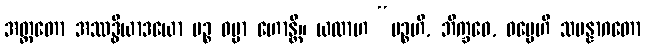
အတ္ထတော အဿဒ္ဓိယာဒယော ပဉ္စ ဓမ္မာ ဟောန္တိ။ ယထာဟ “ပဉ္စဟိ, ဘိက္ခဝေ, ဓမ္မေဟိ သမန္နာဂတော